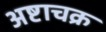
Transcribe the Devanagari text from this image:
अष्टाचक्र